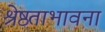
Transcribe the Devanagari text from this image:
श्रेष्ठताभावना